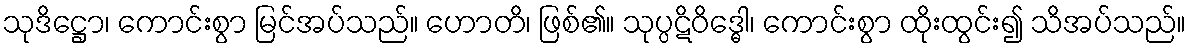
သုဒိဋ္ဌော၊ ကောင်းစွာ မြင်အပ်သည်။ ဟောတိ၊ ဖြစ်၏။ သုပ္ပဋိဝိဒ္ဓေါ၊ ကောင်းစွာ ထိုးထွင်း၍ သိအပ်သည်။